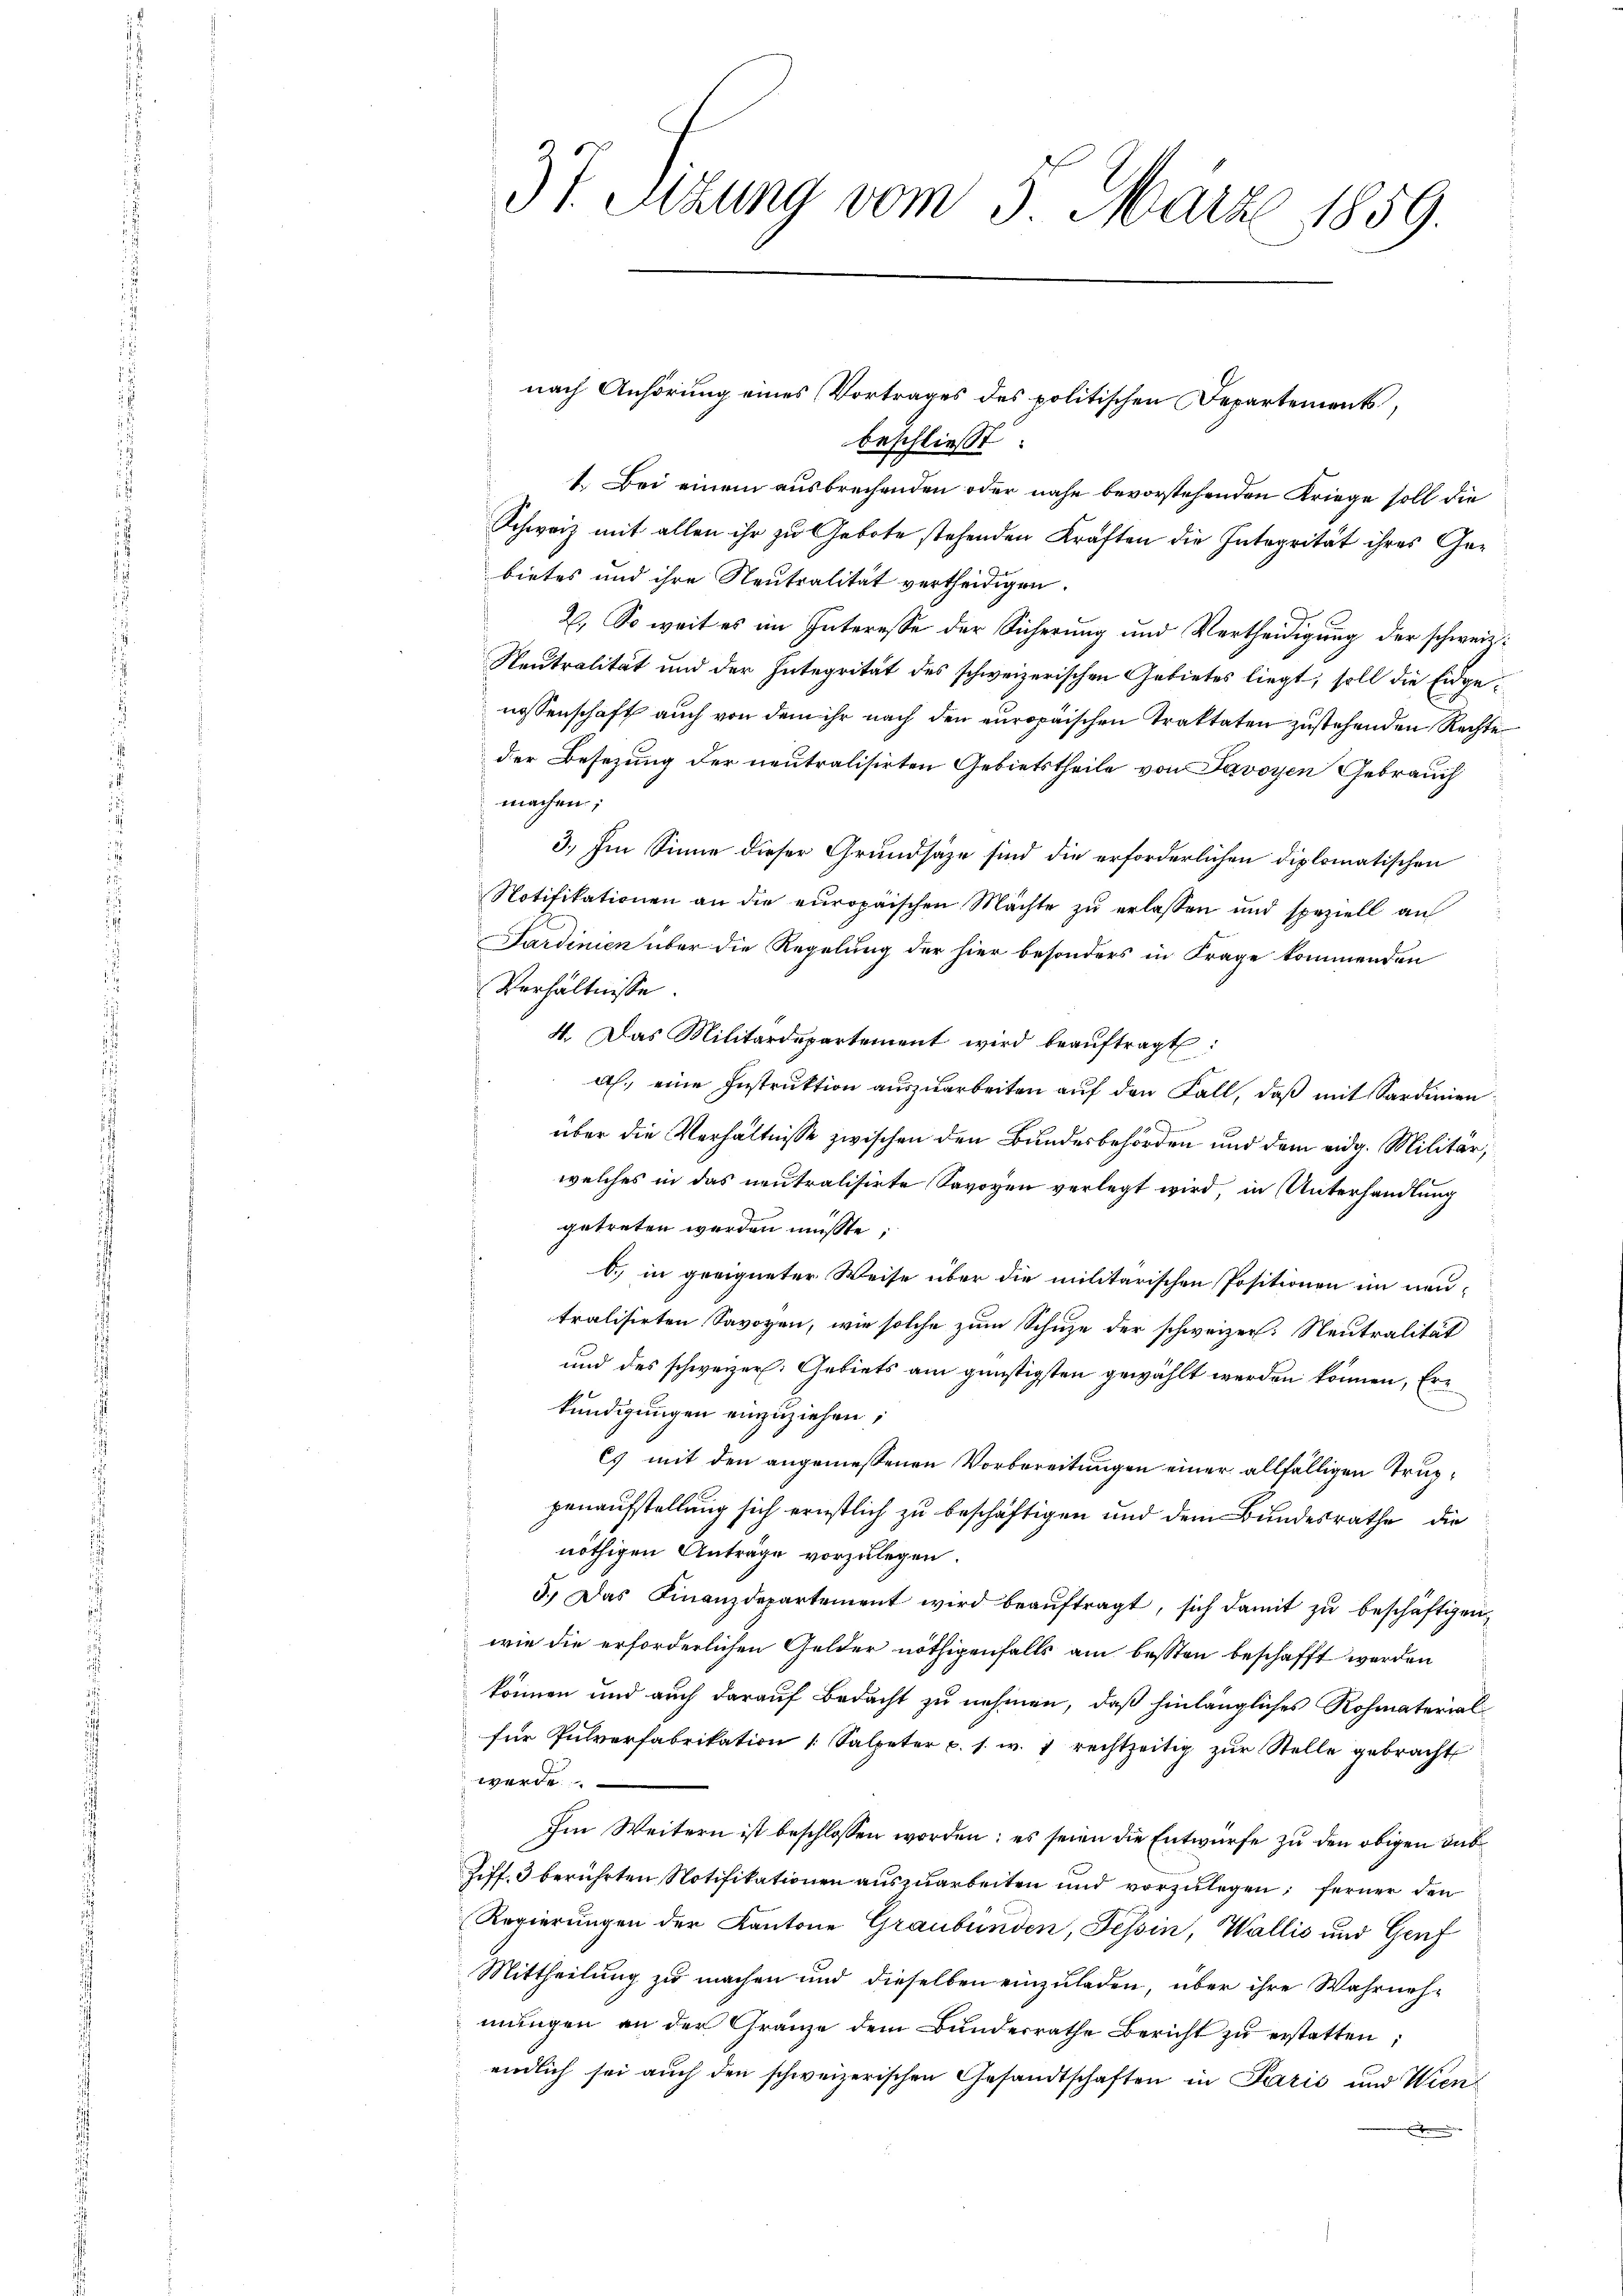
37. Sizung vom 5. März 1859.

nach Anhörung eines Vortrages des politischen Departements,

beschließt
1. Bei einem ausbrechenden oder nahe bevorstehenden Kriege soll die
Schweiz mit allen ihr zu Gebote stehenden Kräften die Integrität ihres Gebietes und ihre Neutralität vertheidigen.
2. So weit es im Interesse der Sicherung und Vertheidigung der schweiz.
Neutralität und der Integrität des schweizerischen Gebietes liegt, soll die Eidgenossenschaft auch von dem ihr nach den europäischen Traktaten zustehenden Rechte
der Besezung der neutralisirten Gebietstheile von Savoyen Gebrauch
machen;
3.) Im Sinne dieser Grundsäze sind die erforderlichen Diplomatischen
Notifikationen an die europäischen Mächte zŭ erlassen und speziell an
Sardinien über die Regelung der hier besonders in Frage kommenden
Verhältnisse
4. Das Militärdepartement wird beaŭftragt:
al, eine Instruktion auszuarbeiten auf den Fall, daß mit Sardinien
über die Verhältnisse zwischen den Bundesbehörden und dem eidg. Militär,
welches in das neutralisirte Savoyen verlegt wird, in Unterhandlung
getreten werden müsste.
b.) in geeigneter Weise über die militarischen Positionen im neu-
tralisirten Savoyen, wie solche zum Schuze der schweizer. Neutralität
und des schweizer. Gebiets am günstigsten gewählt werden können, Ern
kundigungen einzuziehen;
ls mit den angemessenen Vorbereitungen einer allfälligen Truppenaufstellung sich ernstlich zu beschäftigen und dem Bundesrathe die
nöthigen Anträge vorzulegen.
5.) Das Finanzdepartement wird beaŭftragt, sich damit zŭ beschäftigen,
wie die erforderlichen Gelder nöthigenfalls am bessten beschafft werden
können und auch darauf Bedacht zu nehmen, daß hinlängliches Rohmaterialfür Pulverfabrikation Salpeter p. s. w. 7 rechtzeitig zŭr Stelle gebracht
werde.
Im Weitern ist beschlossen worden; es seien die Entwürfe zu den obigen Sub
Ziff. 3 berührten Notifikationen auszuarbeiten und vorzulegen; ferner den
Regierungen der Kantone Graubünden, Tessin, Wallis und Genf
Mittheilung zu machen und dieselben einzuladen, über ihre Wahrnehmŭngen an der Granze dem Bunderrathe Bericht zŭ erstatten;
endlich sei auch den schweizerischen Gesandtschaften in Paris und Wiene